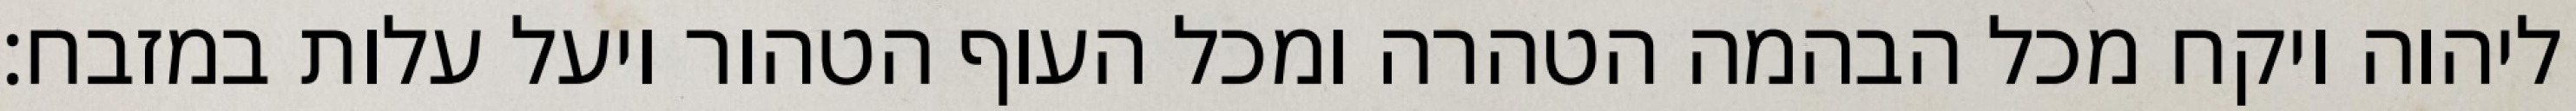
ליהוה ויקח מכל הבהמה הטהרה ומכל העוף הטהור ויעל עלות במזבח׃